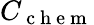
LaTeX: C_{\mathrm{~c~h~e~m~}}